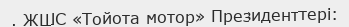
. ЖШС «Тойота мотор» Президенттері: